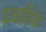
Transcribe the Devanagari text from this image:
प्रवाहिके